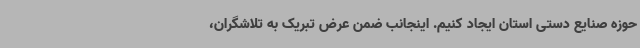
حوزه صنایع دستی استان ایجاد کنیم. اینجانب ضمن عرض تبریک به تلاشگران،